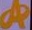
A